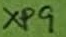
Text: XP9